Calcutta medical institutions reports 1892-1900
Year: 1892
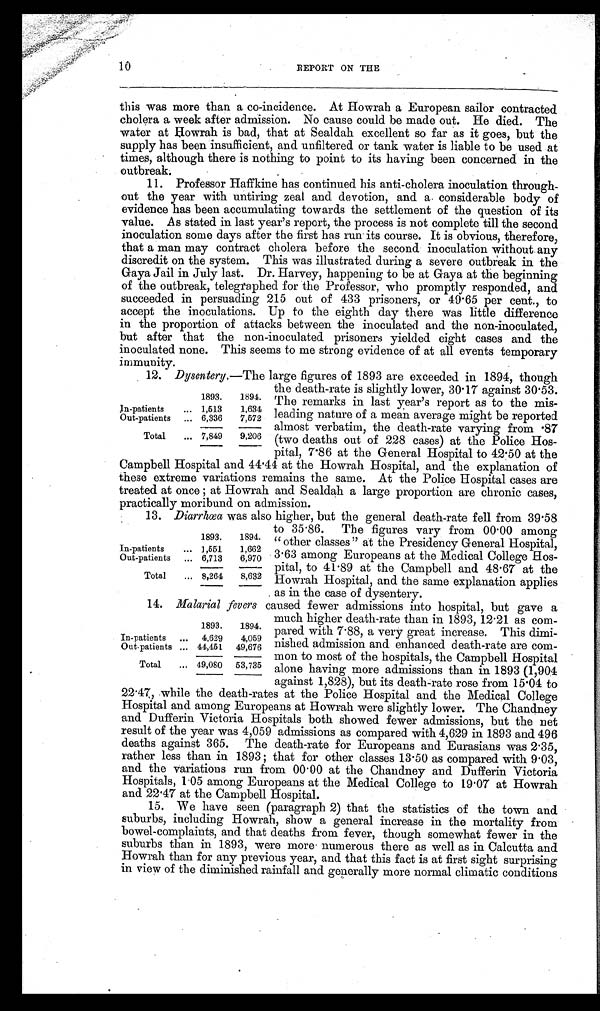
10
REPORT ON THE
this was more than a coincidence; At Howrah a European sailor contracted
cholera a week after admission; No cause could be made out. He died. The
water at klowrah is bad, that at Sealdah excellent so far as it goes, but the
supply has been insufficient, and unfiltered or tank water is liable to be used at
times, although there is nothing to point to its having been concerned in the
outbreak.
11. Professor Haffkine has continued his anti-cholera inoculation through-
out the year with untiring zeal and devotion, and a- considerable body of
evidence has been accumulating towards the settlement of the question of its
value; As stated in last year's report, the process is not complete till the second
inoculation some days after the first has run its course. It is obvious, therefore,
that a man may contract cholera before the second inoculation without any
discredit on the system. This was illustrated during a severe outbreak in the
Gaya Jail in July last; Dr; Harvey, happening to be at Gaya at the beginning
of the outbreak, telegraphed for the Professor, who promptly responded, and
succeeded in persuading 215 out of 433 prisoners, or 49 . 65 per cent;, to
accept the inoculations; Up to the eighth day there was little difference
in the proportion of attacks between the inoculated and the non-inoculated,
but after that the non-inoculated prisoners yielded eight cases and the
inoculated none; This seems to me strong evidence of at all events temporary
immunity;
12. Dysentery;—The large figures of 1893 are exceeded in 1894, though
the death-rate is slightly lower, 30 ; 17 against 30;53.
The remarks in last year's report as
agains
the mis-
leading nature of a mean average might be reported
almost verbatim, the death-rate varying from .87
(two deaths out of 228 cases) at the Police Hos-
pital, '7.86 at the General Hospital to 42 ; 50 at the
Campbell Hospital and 44 .41 at the Howrah Hospital, and the explanation of
these extreme variations remains the same; At the Police Hospital cases are
treated at once at Howrah and Sealdah a large proportion are chronic cases,
practically moribund on admission.
13.
Diarrhæa was also higher, but the general death-rate fell from 39'58
to 35 . 86. The figures vary from 00 ; 00 among
“other classes" at the Presidency General Hospital,
63
3 ; among Europeans at the Medical College Hos-
pital, to 41 ; 89 at the Campbell and 48 ; 67 at the
Howrah Hospital, and the same explanation applies
1893.
1894.
In-patients
1,513
1 , 6 3 4
Out-patients
... 6,336
7,572
Total
7,849
9,206
1893,
1894.
In-patients
ents
ut
Out-patients O
...
. . .
1,551
6,713
1,662
6,970
Total
. . . 8,261
8,632
1893.
1894.
In-patients
4,629
4,059
Out.patients
44,451 49,676
Total
... 99,080 53,735
much higher death-rate than in 1893, 12 . 21 as com-
pared with 7; 88, a very great increase; This
diminished admission and enhanced death-rate are com-
mon to most of the hospitals, the Campbell Hospital
alone having more admissions than in 1893 (1,904
against 1,828), but its death-rate rose from 15 .01 to
22.47, , while the death-rates at the Police Hospital and the Medical College
Hospital and among Europeans at Howrah were slightly lower. The Chandney
and Dufferin. Victoria Hospitals both showed fewer admissions, but the net
result of the year was 4,059 admissions as compared with 4,629 in 1893 and 496
deaths against 365; The death-rate for Europeans and Eurasians was 2.35,
rather less than in 1893 ; that for other classes 13 ; 5 0 a s c o m p a r e d w i t h 9 . 0 3 ,
and the variations run from 00 . 00 at the Chandney and Dufferin Victoria
Hospitals, 1 .05 among Europeans at the Medical College to 19 .07 at Howrah
and 22'47 at the Campbell Hospital.
15; We have seen (paragraph 2) that the statistics of the town and
suburbs, including Howrah, show a general increase in the mortality from
bowel-complaints, and that deaths from fever, though somewhat fewer in the
suburbs than in 1893, were more . numerous there as well as in Calcutta and
Howrah than for any previous year, and that this fact is at first sight surprising
in view of the diminished rainfall and generally more normal climatic conditions
. as in the case of dysentery.
14. Malarial fevers caused fewer admissions into hospital, but gave a